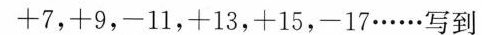
+7，+9，-11，+13，+15，-17……写到